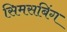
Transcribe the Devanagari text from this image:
सिमसबिंग